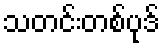
သတင်းတစ်ပုဒ်